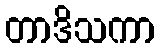
တာဒိသကာ